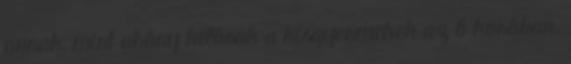
annak, mint ahány kilósak a kisgyermekek az ő korában.